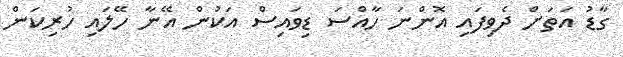
ގާޑު އަތަށް ދެވިފައި އޮންނަ ހާއްސަ ޑިވައިސް އަކުން އޭނާ ހޭލައި ހުރިކަން